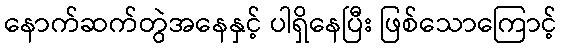
နောက်ဆက်တွဲအနေနှင့် ပါရှိနေပြီး ဖြစ်သောကြောင့်